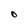
Character: O